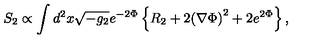
S _ { 2 } \propto \int d ^ { 2 } x \sqrt { - g _ { 2 } } e ^ { - 2 \Phi } \left\{ R _ { 2 } + 2 { \left( \nabla \Phi \right) } ^ { 2 } + 2 e ^ { 2 \Phi } \right\} ,